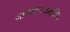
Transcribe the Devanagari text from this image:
नामाहमयमस्मि